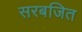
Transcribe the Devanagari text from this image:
सरबजित